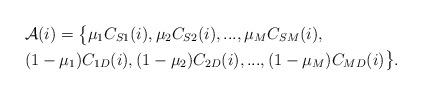
LaTeX: \begin{align*} & \mathcal{A}(i)= \big\{ \mu_1 C_{S1}(i), \mu_2 C_{S2}(i),...,\mu_M C_{SM}(i), \\& (1-\mu_1) C_{1D}(i),(1-\mu_2) C_{2D}(i),..., (1-\mu_M) C_{MD}(i) \big\} . \end{align*}